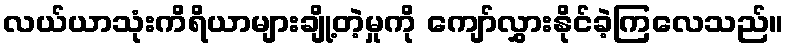
လယ်ယာသုံးကိရိယာများချို့တဲ့မှုကို ကျော်လွှားနိုင်ခဲ့ကြလေသည်။